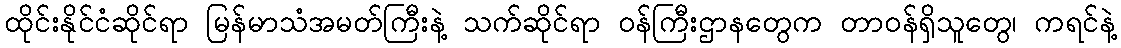
ထိုင်းနိုင်ငံဆိုင်ရာ မြန်မာသံအမတ်ကြီးနဲ့ သက်ဆိုင်ရာ ဝန်ကြီးဌာနတွေက တာဝန်ရှိသူတွေ၊ ကရင်နဲ့